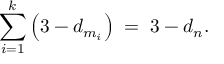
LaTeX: \sum _ { i = 1 } ^ { k } \left( 3 - d _ { m _ { i } } \right) \; = \; 3 - d _ { n } .